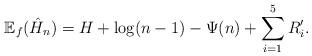
LaTeX: \begin{align*}\mathbb{E}_f(\hat{H}_n) = H + \log(n-1) - \Psi(n) + \sum_{i=1}^5 R_i'.\end{align*}